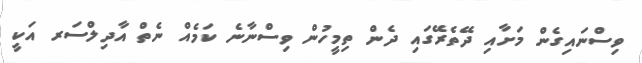
ވިސްނައިގެން މަށާއި ދޭތެރޭގައި ދެން ތިމީހުން ވިސްނާނެ ކަމެއް ނެތް އާދިލްސަރ އަކީ